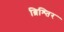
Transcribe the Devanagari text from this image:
ब्रिश्तिर